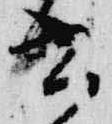
書